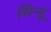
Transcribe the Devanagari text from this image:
सिन्यू